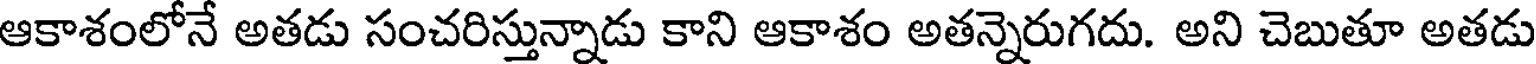
ఆకాశంలోనే అతడు సంచరిస్తున్నాడు కాని ఆకాశం అతన్నెరుగదు. అని చెబుతూ అతడు